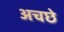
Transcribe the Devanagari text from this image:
अचछे